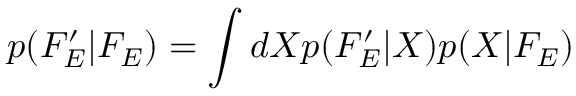
p ( F _ { E } ^ { \prime } | F _ { E } ) = \int d X p ( F _ { E } ^ { \prime } | X ) p ( X | F _ { E } )